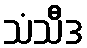
သံသီဒ